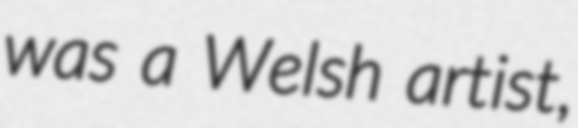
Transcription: was a Welsh artist,